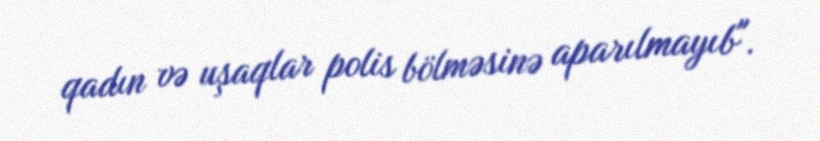
qadın və uşaqlar polis bölməsinə aparılmayıb".